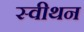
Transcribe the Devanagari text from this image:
स्वीथन